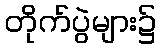
တိုက်ပွဲများ၌